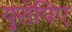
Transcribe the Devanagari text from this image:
युरोपिए